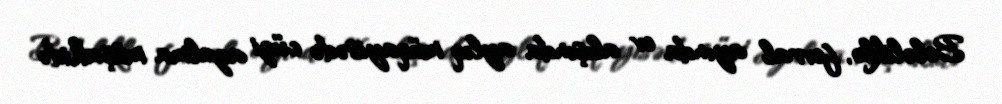
Beləliklə, fevral ayında ev alışında aylıq müqayisədə cüzi azalma müşahidə